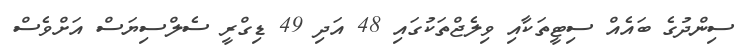
ސިންދުގެ ބައެއް ސިޓީތަކާއި ވިލެޖްތަކުގައި 48 އަދި 49 ޑިގްރީ ސެލްސިޔަސް އަށްވެސް